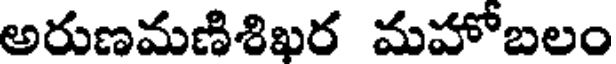
అరుణమణిశిఖర మహోబలం